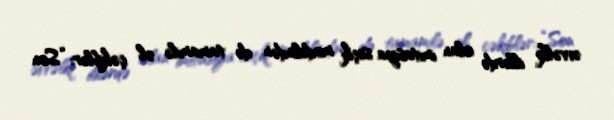
əvvəlki illərdə olan imitasiya seçki modelindən də tamamilə əl çəkiblər: “Son